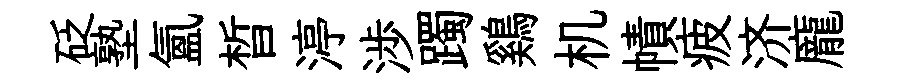
砭塾氲晳渟渉躅鷄机幘疲济龐